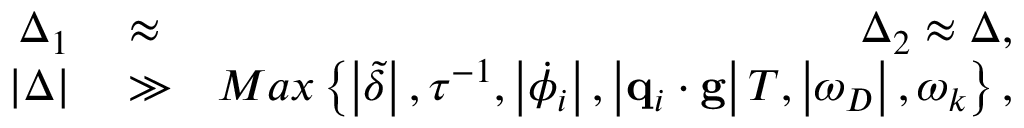
\begin{array} { r l r } { \Delta _ { 1 } } & { { } \approx } & { \Delta _ { 2 } \approx \Delta , } \\ { \left\vert \Delta \right\vert } & { { } \gg } & { M a x \left\{ \left\vert \tilde { \delta } \right\vert , \tau ^ { - 1 } , \left\vert \dot { \phi } _ { i } \right\vert , \left\vert \mathbf { q } _ { i } \cdot \mathbf { g } \right\vert T , \left\vert \omega _ { D } \right\vert , \omega _ { k } \right\} , } \end{array}